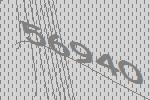
56940